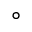
^ { \circ }